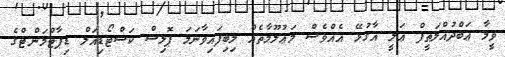
ވީމާ ޢަބްދުއްލަޠީފް ޢަލީ އާގުޅޭ އެއްވެސް މަޢުލޫމާތެއް ލިބިފައިވާނަމަ ޕޮލިސް ކަސްޓޯޑިއަލް ޑިޕާޓްމަންޓްގެ